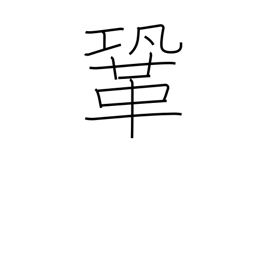
Meaning: firm